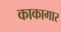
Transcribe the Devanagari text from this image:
काकागार